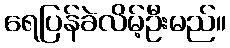
ရေပြန်ခဲလိမ့်ဦးမည်။